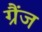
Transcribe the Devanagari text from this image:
ग्रैंज